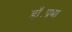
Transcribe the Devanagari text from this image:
डॉ॰प्रभा